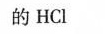
的HCl